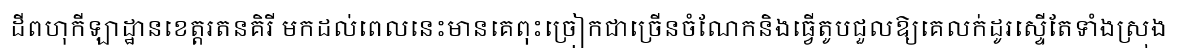
ដីពហុកីឡាដ្ឋានខេត្តរតនគិរី មកដល់ពេលនេះមានគេពុះច្រៀកជាច្រើនចំណែកនិងធ្វើតូបជួលឱ្យគេលក់ដូរស្ទើតែទាំងស្រុង